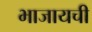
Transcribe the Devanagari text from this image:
भाजायची